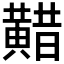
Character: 𪏈